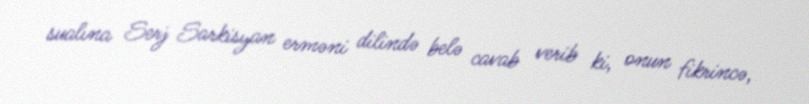
sualına Serj Sarkisyan erməni dilində belə cavab verib ki, onun fikrincə,